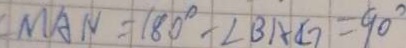
M A N = 1 8 0 ^ { \circ } - \angle B A G = 9 0 ^ { \circ }